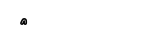
٧